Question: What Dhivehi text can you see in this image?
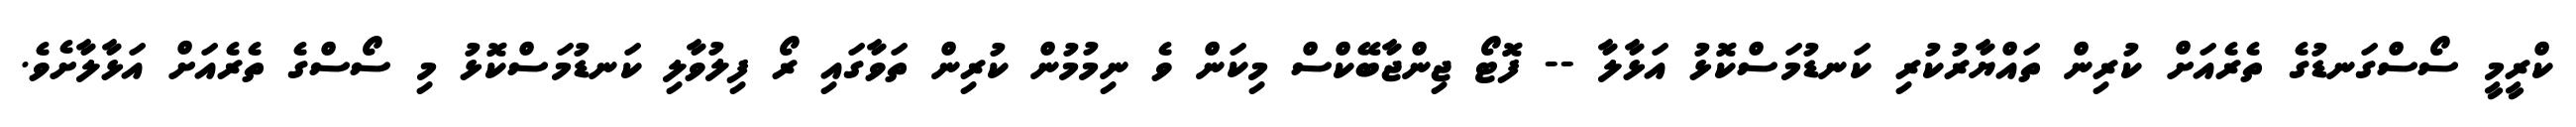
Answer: ކްރީމީ ސޯސްގަނޑުގެ ތެރެއަށް ކުރިން ތައްޔާރުކުރި ކަނޑުމަސްކޮޅު އަޅާލާ -- ފޮޓޯ ޖިންޖާބޭކްސް މިކަން ވެ ނިމުމުން ކުރިން ތަވާގައި ރޯ ފިލުވާލި ކަނޑުމަސްކޮޅު މި ސޯސްގެ ތެރެއަށް އަޅާލާށެވެ.